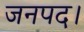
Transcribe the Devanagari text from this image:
जनपद।